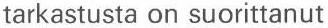
tarkastusta on suorittanut